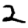
Digit: 2